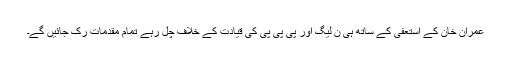
عمران خان کے استعفیٰ کے ساتھ ہی ن لیگ اور پی پی پی کی قیادت کے خلاف چل رہے تمام مقدمات رک جائیں گے۔